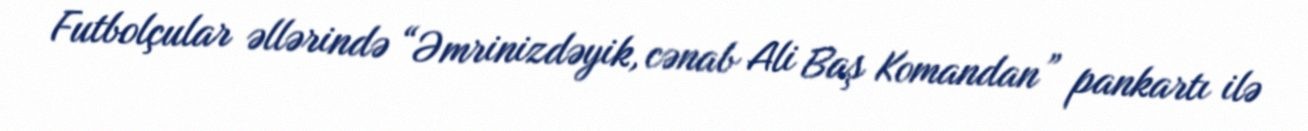
Futbolçular əllərində “Əmrinizdəyik, cənab Ali Baş Komandan” pankartı ilə